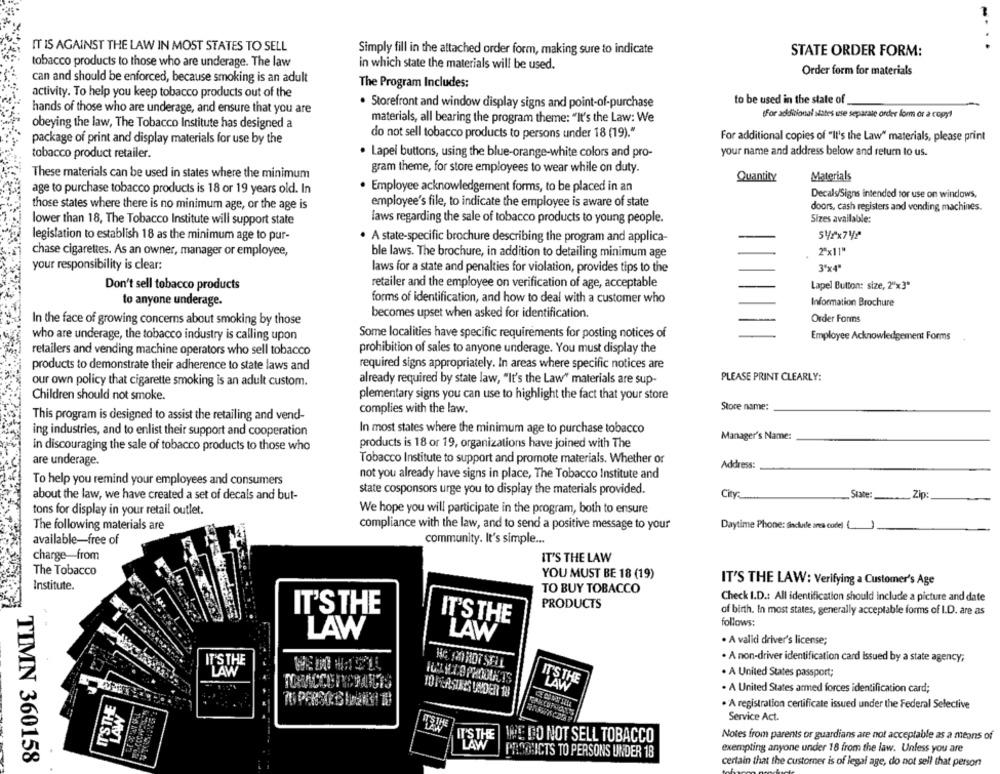
IT IS AGAINST THE LAW IN MOST STATES TO SELL
Simply fill in the attached order form, making sure to indicate
STATE ORDER FORM:
tobacco products to those who are underage. The law
in which state the materials will be used.
Order form for materials
can and should be enforced, because smoking is an adult
The Program Includes:
activity. To help you keep tobacco products out of the
to be used in the state of
hands of those who are underage, and ensure that you are
. Storefront and window display signs and point-of-purchase
(For additional states use separate order form or a copy!
obeying the law, The Tobacco Institute has designed a
materials, all bearing the program theme: "It's the Law: We
package of print and display materials for use by the
do not sell tobacco products to persons under 18 (19)."
For additional copies of "It's the Law" materials, please print
tobacco product retailer.
. Lapel buttons, using the blue-orange-white colors and pro-
your name and address below and return to us.
gram theme, for store employees to wear while on duty.
These materials can be used in states where the minimum
Quantity
Materials
age to purchase tobacco products is 18 or 19 years old. In
. Employee acknowledgement forms, to be placed in an
Decals/Signs intended for use on windows,
those states where there is no minimum age, or the age is
employee's file, to indicate the employee is aware of state
doors, cash registers and vending machines.
lower than 18, The Tobacco Institute will support state
laws regarding the sale of tobacco products to young people.
Sizes available:
legislation to establish 18 as the minimum age to pur-
· A state-specific brochure describing the program and applica-
54rx742
chase cigarettes. As an owner, manager or employee,
ble laws. The brochure, in addition to detailing minimum age
2"x11"
your responsibility is clear:
laws for a state and penalties for violation, provides tips to the
3"x4"
Don't sell tobacco products
retailer and the employee on verification of age, acceptable
Lapel Button: size, 2"x3"
to anyone underage.
forms of identification, and how to deal with a customer who
Information Brochure
becomes upset when asked for identification.
Order Forms
In the face of growing concerns about smoking by those
Some localities have specific requirements for posting notices of
who are underage, the tobacco industry is calling upon
Employee Acknowledgement Forms
retailers and vending machine operators who sell tobacco
prohibition of sales to anyone underage. You must display the
required signs appropriately. In areas where specific notices are
products to demonstrate their adherence to state laws and
PLEASE PRINT CLEARLY:
our own policy that cigarette smoking is an adult custom.
already required by state law, "It's the Law" materials are sup-
plementary signs you can use to highlight the fact that your store
Children should not smoke.
complies with the law.
Store name:
This program is designed to assist the retailing and vend-
ing industries, and to enlist their support and cooperation
In most states where the minimum age to purchase tobacco
Manager's Name:
In discouraging the sale of tobacco products to those who
products is 18 or 19, organizations have joined with The
are underage.
Tobacco Institute to support and promote materials. Whether or
Address:
To help you remind your employees and consumers
not you already have signs in place, The Tobacco Institute and
state cosponsors urge you to display the materials provided.
City
State
Zip:
about the law, we have created a set of decals and but-
tons for display in your retail outlet.
We hope you will participate in the program, both to ensure
The following materials are
compliance with the law, and to send a positive message to your
Daytime Phone: findkatle area code)
available-free of
community. It's simple ...
charge-from
IT'S THE LAW
The Tobacco
YOU MUST BE 18 (19)
Institute.
TO BUY TOBACCO
IT'S THE LAW: Verifying a Customer's Age
PRODUCTS
Check I.D .: All identification should include a picture and date
IT'S THE
of birth. In most states, generally acceptable forms of I.D. are as
IT'S THE
follows:
LAW
LAW
. A validi driver's license;
· A non-driver identification card issued by a state agency;
IT'S THE
He MOROT SELL
LAW
· A United States passport;
IT'S THE
LAW
· A United States armed forces identification card;
TO FEASINCS UNDER 18
IT'STHE
. A registration certificate issued under the Federal Selective
LAW
Service Act.
IT'S THE
Notes from parents or guardians are not acceptable as a means of
INE DO NOT SELL TOBACCO
LAW
PASO ICTS TO PERSONS UNDER 18
exempting anyone under 18 from the law. Unless you are
TIMN 360158
certain that the customer is of legal age, do not sell that person